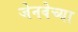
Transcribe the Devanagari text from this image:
जेनवेच्या